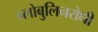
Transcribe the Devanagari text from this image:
ग्लोबुलिनरोधी